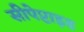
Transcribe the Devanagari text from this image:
सीपेप्टाइड